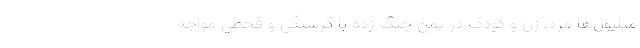
میلیون‌ها‌ مرد، زن و کودک در یمنِ جنگ‌ زده با گرسنگی و قحطی مواجه